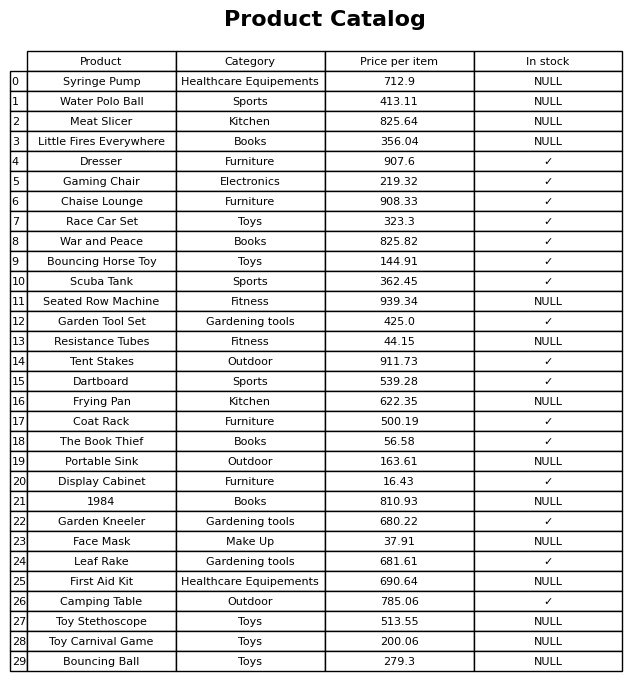
question: What is the price for War and Peace?
answer: The price of War and Peace is 825.82.